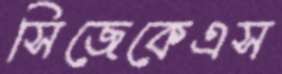
সিজেকেএস